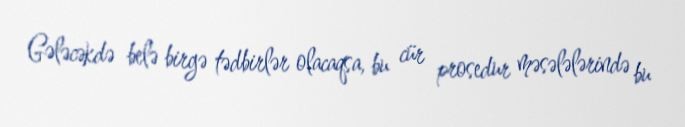
Gələcəkdə belə birgə tədbirlər olacaqsa, bu cür prosedur məsələlərində bu